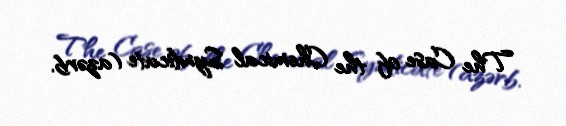
The Case of the Chemical Syndicate (azərb.